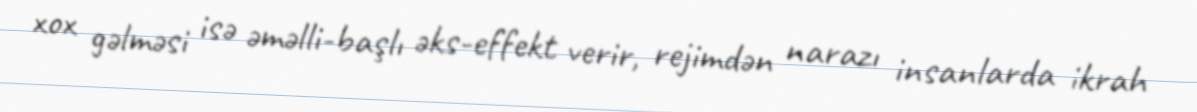
xox gəlməsi isə əməlli-başlı əks-effekt verir, rejimdən narazı insanlarda ikrah